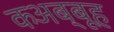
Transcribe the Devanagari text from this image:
कअब्बूह